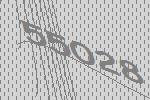
55028